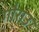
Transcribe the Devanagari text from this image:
गौराउ